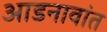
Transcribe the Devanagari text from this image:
आडनावांत